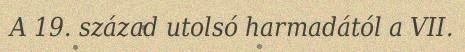
A 19. század utolsó harmadától a VII.